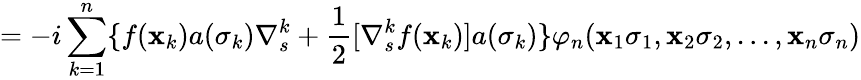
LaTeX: =-i\sum_{k=1}^{n}\{ f({\mathbf{x}}_{k})a(\sigma_{k})\nabla_{s}^{k}+\frac{1}{2}[\nabla_{s}^{k}f({\mathbf{x}}_{k})]a(\sigma_{k})\} \varphi_{n}({\mathbf{x}}_{1}\sigma_{1},{\mathbf{x}}_{2}\sigma_{2},...,{\mathbf{x}}_{n}\sigma_{n})